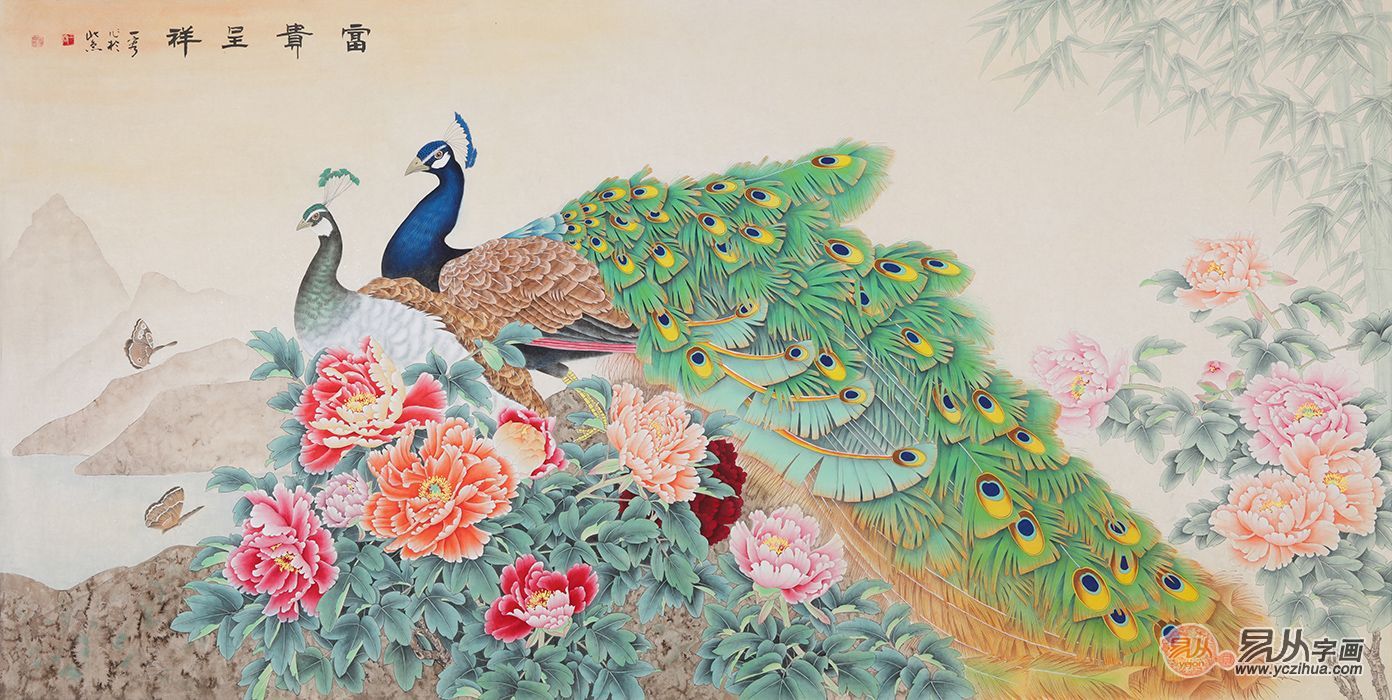
人之易其言也，无责耳矣。